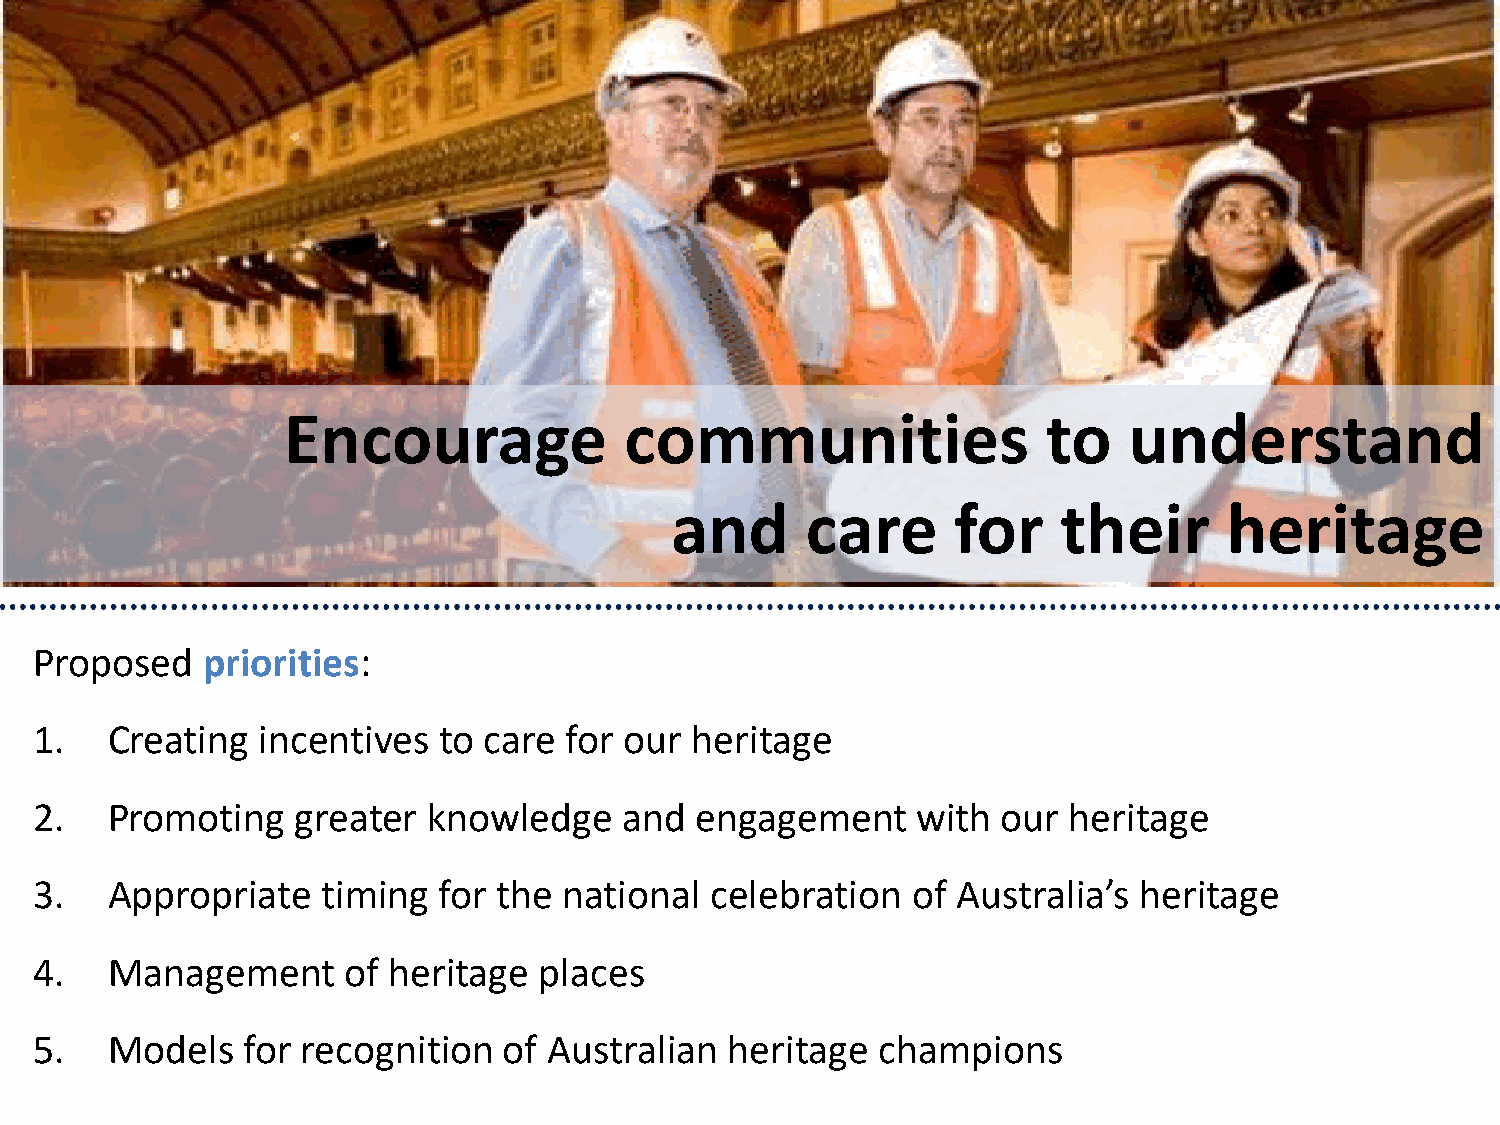
Encourage             communities                 to    understand
 and      care      for    their      heritage
 Proposed   priorities:
 1.   Creating  incentives  to care for our  heritage
 2.   Promoting    greater knowledge    and  engagement     with our  heritage
 3.   Appropriate   timing  for the national  celebration  of Australia’s heritage
 4.   Management      of heritage  places
 5.   Models   for recognition  of Australian  heritage  champions